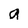
Character: a